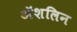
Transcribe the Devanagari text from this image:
अॅशलिन